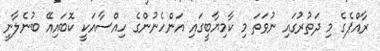
ރާއްޕެގެ މި ދަތުރުގައި ނުވަތަ މި ކާމިޔާބީގައި އަންހެނުންގެ ހިއްސާއަކީ ކޮބައިއޭ ބުނެލާނީ